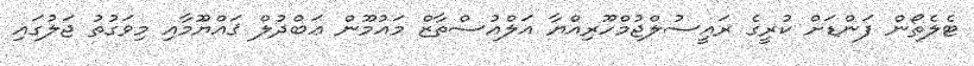
ޓެލެތޯން ފަންޑަށް ކުރީގެ ރައީސުލްޖުމްހޫރިއްޔާ އަލްއުސްތާޒް މައުމޫން ޢަބްދުލް ޤައްޔޫމާއި މިވަގުތު ޖަލުގައި